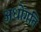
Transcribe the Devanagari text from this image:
अधोगति